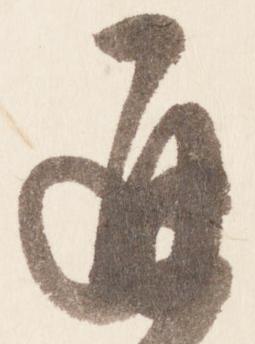
通